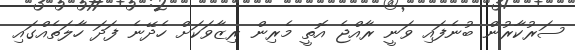
ސަރުކާރުން ބުނެފައި ވަނީ ރާއްޖެ އޮތީ މެރިން ރިޒާވަކަށް ހެދޭނެ ފަދަ ހާލަތެއްގައި